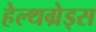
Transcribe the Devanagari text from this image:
हेल्थग्रेड्स